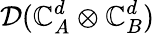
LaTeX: \mathcal{D}(\mathbb{C}_{A}^{d}\otimes\mathbb{C}_{B}^{d})